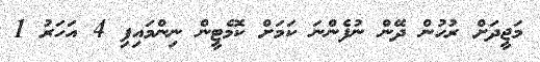
މަޖީދަށް ރުހުން ދޭން ނުފެންނަ ކަމަށް ކޮމެޓީން ނިންމައިފި 4 އަހަރު 1